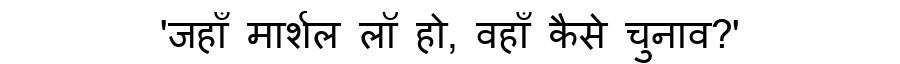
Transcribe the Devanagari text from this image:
'जहाँ मार्शल लॉ हो, वहाँ कैसे चुनाव?'